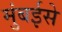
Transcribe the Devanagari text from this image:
मुंबईसे